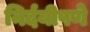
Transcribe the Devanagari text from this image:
निर्दयीपणे